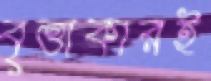
বৃত্তাকারই